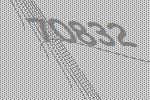
70832